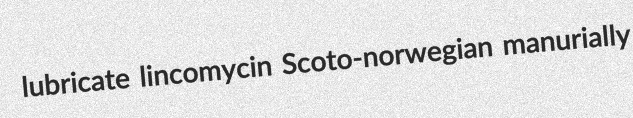
lubricate lincomycin Scoto-norwegian manurially